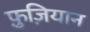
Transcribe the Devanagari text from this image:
फ़ुज़ियान